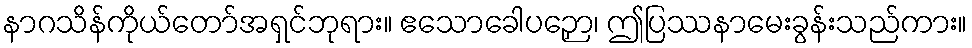
နာဂသိန်ကိုယ်တော်အရှင်ဘုရား။ ဧသောခေါပဉှော၊ ဤပြဿနာမေးခွန်းသည်ကား။